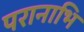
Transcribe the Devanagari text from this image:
परानाभि